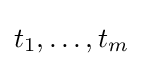
t_{1},\ldots ,t_{m}